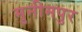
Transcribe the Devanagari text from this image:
मुनीमपुर